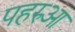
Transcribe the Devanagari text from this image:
पहरुआ